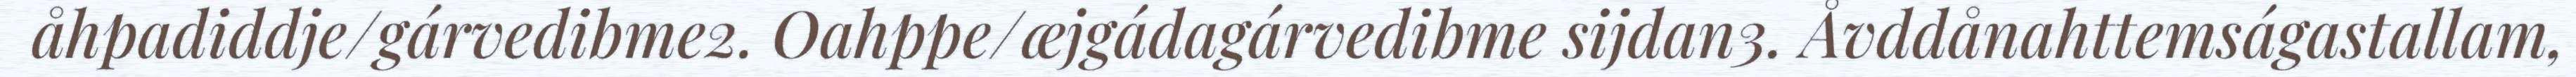
åhpadiddje/gárvedibme2. Oahppe/æjgádagárvedibme sijdan3. Åvddånahttemságastallam,